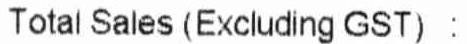
TOTAL SALES (EXCLUDING GST) :